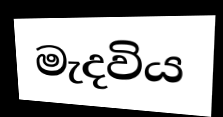
මැදවිය